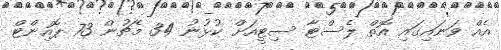
އެއް ވަނައިގައި އޮތް ލެސްޓާ ސިޓީއަށް ކުޅުނު 34 މެޗުން 73 ޕޮއިންޓް